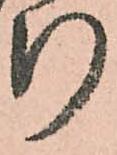
断